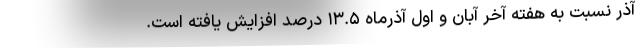
آذر نسبت به هفته آخر آبان و اول آذرماه ۱۳.۵ درصد افزایش یافته است.